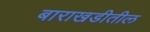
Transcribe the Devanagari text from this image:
बाराखडीतील